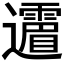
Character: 𲆈